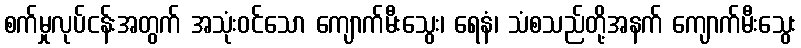
စက်မှုလုပ်ငန်းအတွက် အသုံးဝင်သော ကျောက်မီးသွေး၊ ရေနံ၊ သံစသည်တို့အနက် ကျောက်မီးသွေး